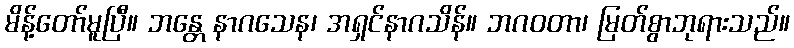
မိန့်တော်မူပြီ။ ဘန္တေ နာဂသေန၊ အရှင်နာဂသိန်။ ဘဂဝတာ၊ မြတ်စွာဘုရားသည်။